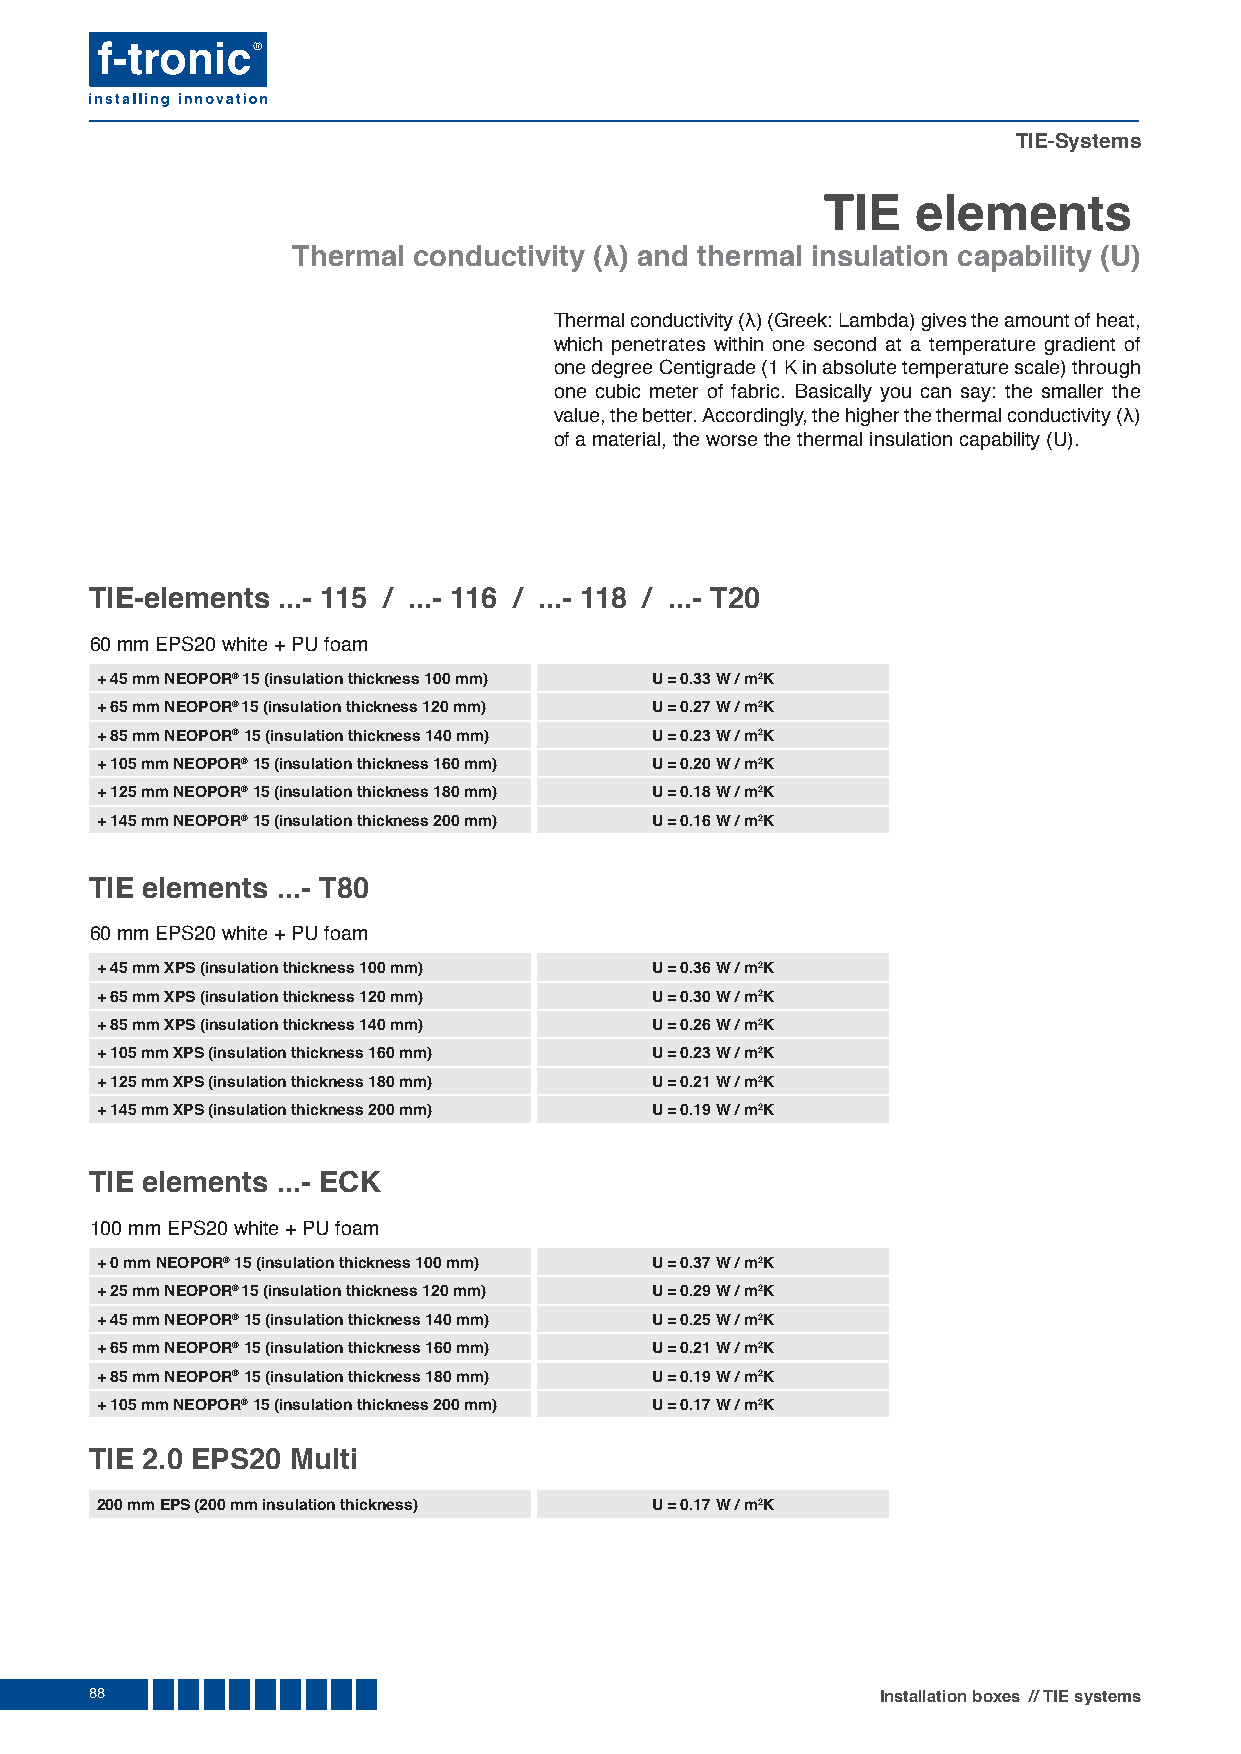
TIE-Systems
 TIE    elements
 Thermal conductivity (λ) and thermal insulation capability (U)
 Thermal conductivity (λ) (Greek: Lambda) gives the amount of heat,
 which penetrates within one second at a temperature gradient of
 one degree Centigrade (1 K in absolute temperature scale) through
 one cubic meter of fabric. Basically you can say: the smaller the
 value, the better. Accordingly, the higher the thermal conductivity (λ)
 of a material, the worse the thermal insulation capability (U).
 TIE-elements ...- 115 / ...- 116 / ...- 118 / ...- T20
 60 mm EPS20 white + PU foam
 + 45 mm NEOPOR® 15 (insulation thickness 100 mm) U = 0.33 W / m2K
 + 65 mm NEOPOR® 15 (insulation thickness 120 mm) U = 0.27 W / m2K
 + 85 mm NEOPOR® 15 (insulation thickness 140 mm) U = 0.23 W / m2K
 + 105 mm NEOPOR® 15 (insulation thickness 160 mm) U = 0.20 W / m2K
 + 125 mm NEOPOR® 15 (insulation thickness 180 mm) U = 0.18 W / m2K
 + 145 mm NEOPOR® 15 (insulation thickness 200 mm) U = 0.16 W / m2K
 TIE elements ...- T80
 60 mm EPS20 white + PU foam
 + 45 mm XPS (insulation thickness 100 mm) U = 0.36 W / m2K
 + 65 mm XPS (insulation thickness 120 mm) U = 0.30 W / m2K
 + 85 mm XPS (insulation thickness 140 mm) U = 0.26 W / m2K
 + 105 mm XPS (insulation thickness 160 mm) U = 0.23 W / m2K
 + 125 mm XPS (insulation thickness 180 mm) U = 0.21 W / m2K
 + 145 mm XPS (insulation thickness 200 mm) U = 0.19 W / m2K
 TIE elements ...- ECK
 100 mm EPS20 white + PU foam
 + 0 mm NEOPOR® 15 (insulation thickness 100 mm) U = 0.37 W / m2K
 + 25 mm NEOPOR® 15 (insulation thickness 120 mm) U = 0.29 W / m2K
 + 45 mm NEOPOR® 15 (insulation thickness 140 mm) U = 0.25 W / m2K
 + 65 mm NEOPOR® 15 (insulation thickness 160 mm) U = 0.21 W / m2K
 + 85 mm NEOPOR® 15 (insulation thickness 180 mm) U = 0.19 W / m2K
 + 105 mm NEOPOR® 15 (insulation thickness 200 mm) U = 0.17 W / m2K
 TIE 2.0 EPS20 Multi
 200 mm EPS (200 mm insulation thickness) U = 0.17 W / m2K
 88                                                  Installation boxes // TIE systems